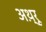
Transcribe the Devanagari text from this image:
अथ़्रू